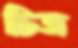
চিত্র